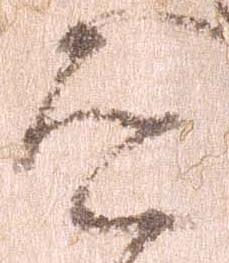
道